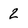
Character: 2